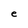
Character: e